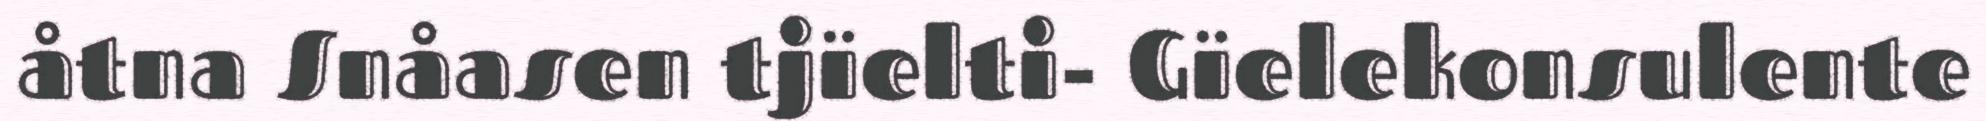
åtna Snåasen tjïelti- Gïelekonsulente